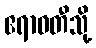
ဧရာဝတီသို့